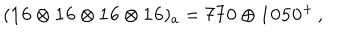
( \mathbf { 1 6 \otimes 1 6 \otimes 1 6 \otimes 1 6 } ) _ { a } = \mathbf { 7 7 0 } \oplus \mathbf { 1 0 5 0 } ^ { + } \, ,